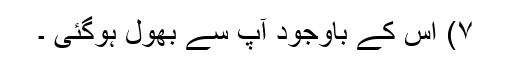
۷) اس کے باوجود آپ سے بھول ہوگئی ۔